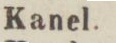
Kanel.